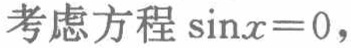
考虑方程\(\sin x = 0\)，